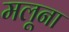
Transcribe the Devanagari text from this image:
मलूना